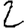
Digit: 2